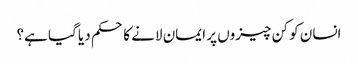
انسان کو کن چیزوں پر ایمان لانے کا حکم دیا گیا ہے؟